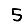
Digit: 5